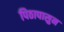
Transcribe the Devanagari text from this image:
पिठापासुन